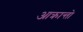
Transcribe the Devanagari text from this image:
आक्रान्तो